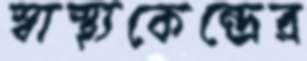
স্বাস্থ্যকেন্দ্রের